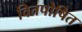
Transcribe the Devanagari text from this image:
वितपोषित